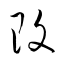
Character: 改